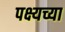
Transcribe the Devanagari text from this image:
पक्ष्यच्या